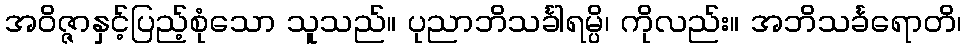
အဝိဇ္ဇာနှင့်ပြည့်စုံသော သူသည်။ ပုညာဘိသင်္ခါရမ္ပိ၊ ကိုလည်း။ အဘိသင်္ခရောတိ၊